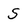
Character: s